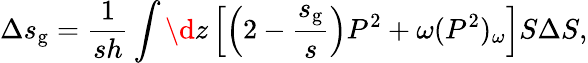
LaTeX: \Delta s_{\mathrm{g}}=\frac{1}{sh}\int\d z\left[\left(2-\frac{s_{\mathrm{g}}}{s}\right)P^{2}+\omega(P^{2})_{\omega}\right]S\Delta S,